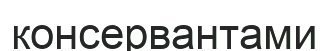
консервантами